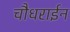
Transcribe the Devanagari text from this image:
चौधराईन